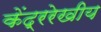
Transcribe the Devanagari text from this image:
केंद्ररेखीय